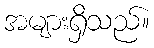
အများရှိသည်။